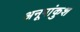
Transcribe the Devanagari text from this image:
अनूपांकुश